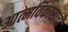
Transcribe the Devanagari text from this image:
आत्मविकासाची